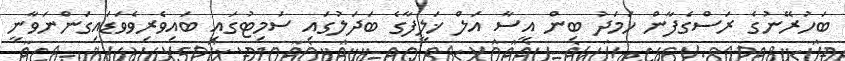
ބަހުރޭނުގެ ރަސްގެފާން ހަަމަދު ބިން އީސާ އަލް ޚަލީފާގެ ބަދަލުގައި ސަމިޓުގައި ބައިވެރިވެވަޑައިގަންނަވާނީ